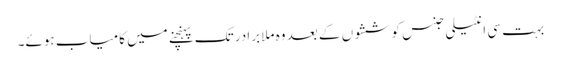
بہت سی انٹیلی جنس کوششوں کے بعد وہ ملا برادر تک پہنچنے میں کامیاب ہوئے۔